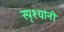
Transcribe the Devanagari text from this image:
स्पृश्यांनी